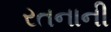
રતનાની